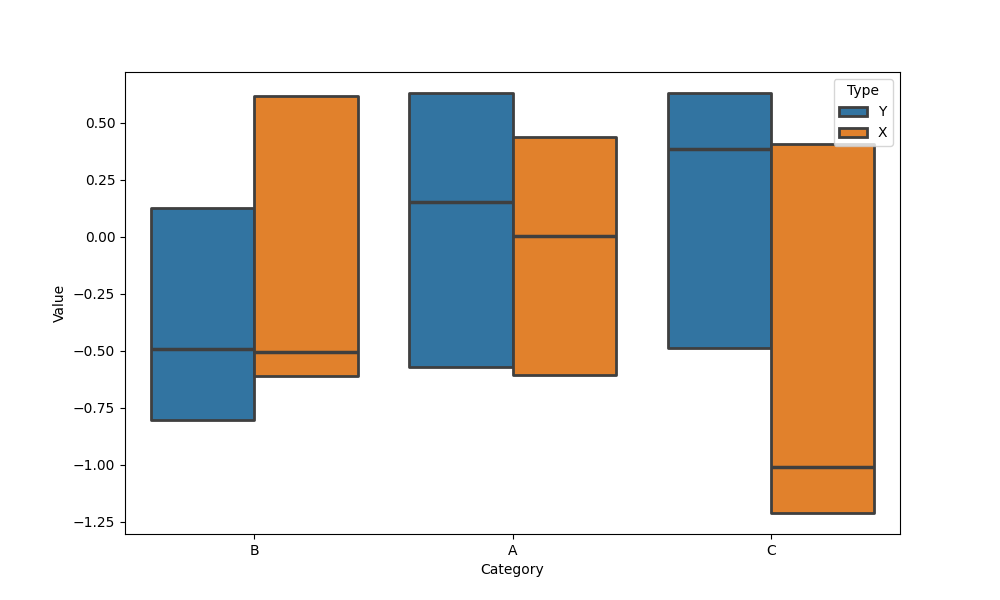
python, seaborn, boxenplot, k_depth='tukey', linewidth=2, scale='exponential', outlier_prop=0.2, showfliers=False